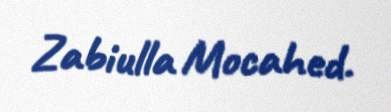
Zabiulla Mocahed.